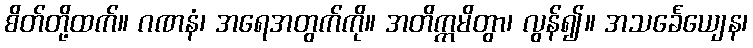
စိတ်တို့ထက်။ ဂဏနံ၊ အရေအတွက်ကို။ အတိက္ကမိတွာ၊ လွန်၍။ အသင်္ခေယျေန၊